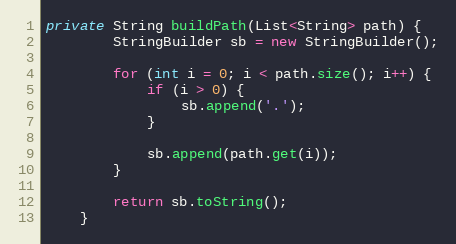
Language: Java
private String buildPath(List<String> path) {
        StringBuilder sb = new StringBuilder();

        for (int i = 0; i < path.size(); i++) {
            if (i > 0) {
                sb.append('.');
            }

            sb.append(path.get(i));
        }

        return sb.toString();
    }